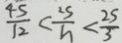
\frac { 4 S } { 1 2 } < \frac { 2 S } { h } < \frac { 2 S } { 3 }